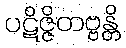
ပဋိဇ္ဇိတဗ္ဗန္တိ